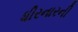
ધીરનારની